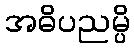
အဓိပညမ္ပိ